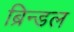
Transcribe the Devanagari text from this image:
ब्रिन्डल